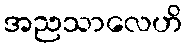
အညသာလေဟိ